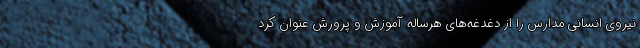
نیروی انسانی مدارس را از دغدغه‌های هرساله آموزش و پرورش عنوان کرد